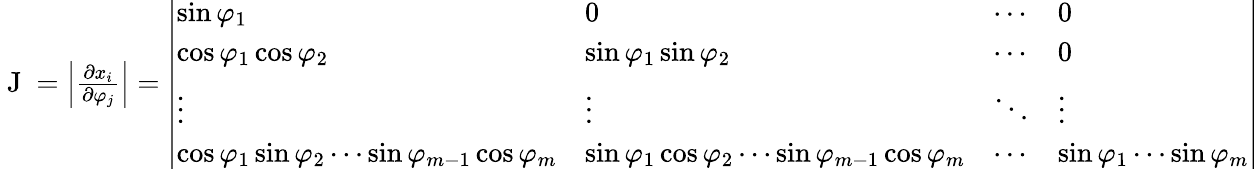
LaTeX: \begin{array}{r}{\mathrm{~J~}=\Bigl|\frac{\partial x_{i}}{\partial\varphi_{j}}\Bigr|=\left|\begin{array}{llll}{\sin\varphi_{1}}&{0}&{\cdots}&{0}\\ {\cos\varphi_{1}\cos\varphi_{2}}&{\sin\varphi_{1}\sin\varphi_{2}}&{\cdots}&{0}\\ {\vdots}&{\vdots}&{\ddots}&{\vdots}\\ {\cos\varphi_{1}\sin\varphi_{2}\cdots\sin\varphi_{m-1}\cos\varphi_{m}}&{\sin\varphi_{1}\cos\varphi_{2}\cdots\sin\varphi_{m-1}\cos\varphi_{m}}&{\cdots}&{\sin\varphi_{1}\cdots\sin\varphi_{m}}\end{array}\right|}\end{array}